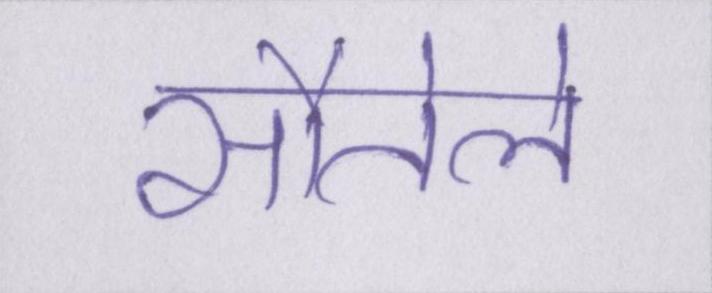
सौतेले